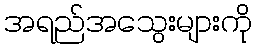
အရည်အသွေးများကို